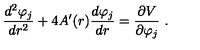
{ \frac { d ^ { 2 } \varphi _ { j } } { d r ^ { 2 } } } + 4 A ^ { \prime } ( r ) { \frac { d \varphi _ { j } } { d r } } = { \frac { \partial V } { \partial \varphi _ { j } } } \ .